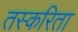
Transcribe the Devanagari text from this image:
तस्करिता